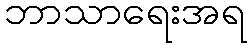
ဘာသာရေးအရ